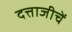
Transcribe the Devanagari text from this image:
दत्ताजीचें